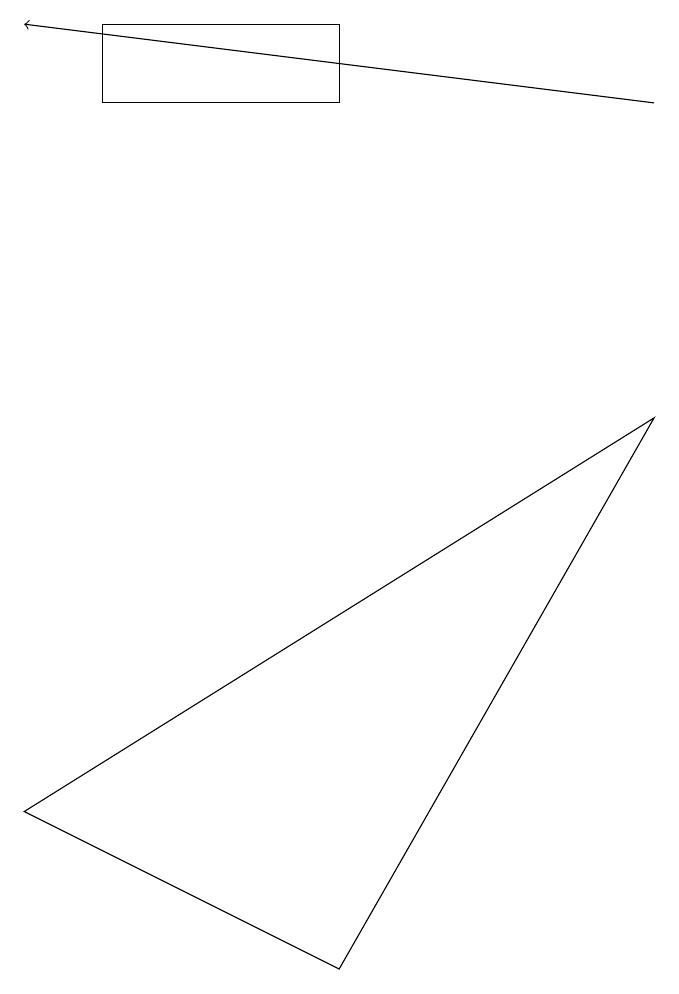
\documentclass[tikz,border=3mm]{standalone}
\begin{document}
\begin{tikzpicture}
\draw (4,0) -- (0,2) -- (8,7) -- cycle;
\draw (1,12) rectangle (4,11);
\draw[->] (8,11) -- (0,12);
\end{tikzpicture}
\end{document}